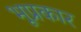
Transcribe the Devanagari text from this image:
भूप्रकार